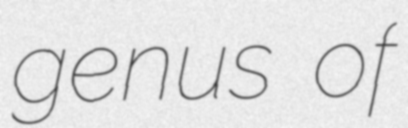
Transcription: genus of